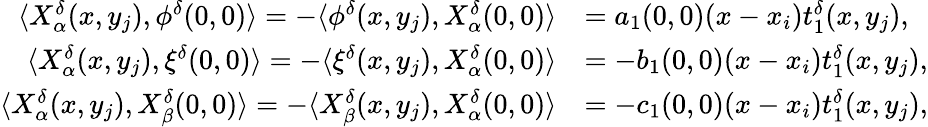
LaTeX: \begin{array}{rl}{\langle X_{\alpha}^{\delta}(x,y_{j}),\phi^{\delta}(0,0)\rangle=-\langle\phi^{\delta}(x,y_{j}),X_{\alpha}^{\delta}(0,0)\rangle}&{=a_{1}(0,0)(x-x_{i})t_{1}^{\delta}(x,y_{j}),}\\ {\langle X_{\alpha}^{\delta}(x,y_{j}),\xi^{\delta}(0,0)\rangle=-\langle\xi^{\delta}(x,y_{j}),X_{\alpha}^{\delta}(0,0)\rangle}&{=-b_{1}(0,0)(x-x_{i})t_{1}^{\delta}(x,y_{j}),}\\ {\langle X_{\alpha}^{\delta}(x,y_{j}),X_{\beta}^{\delta}(0,0)\rangle=-\langle X_{\beta}^{\delta}(x,y_{j}),X_{\alpha}^{\delta}(0,0)\rangle}&{=-c_{1}(0,0)(x-x_{i})t_{1}^{\delta}(x,y_{j}),}\end{array}